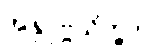
အနုပုဗ္ဗသိက္ခာ